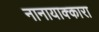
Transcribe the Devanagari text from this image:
नानायाक्कारा